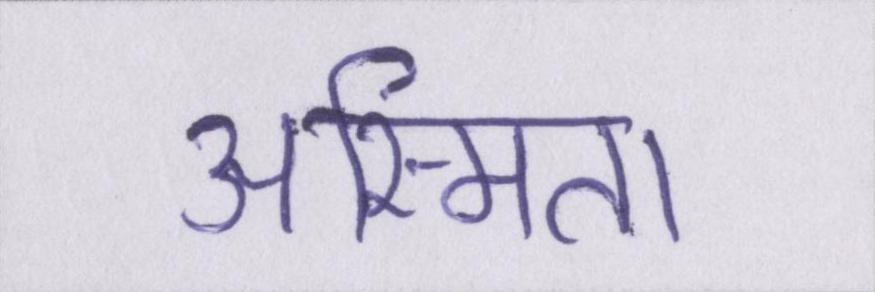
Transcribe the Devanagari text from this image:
अस्मिता